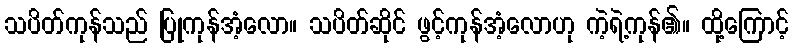
သပိတ်ကုန်သည် ပြုကုန်အံ့လော။ သပိတ်ဆိုင် ဖွင့်ကုန်အံ့လောဟု ကဲ့ရဲ့ကုန်၏။ ထို့ကြောင့်